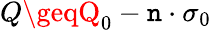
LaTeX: Q\geqQ_{0}-\mathtt{n}\cdot\sigma_{0}